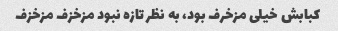
کبابش خیلی مزخرف بود، به نظر تازه نبود مزخزف مزخزف